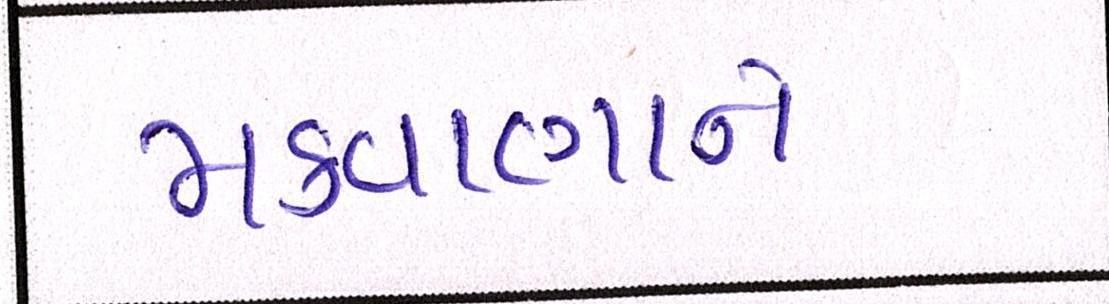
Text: મકવાણાને